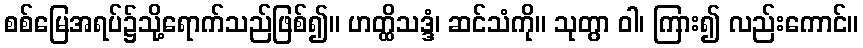
စစ်မြေအရပ်၌သို့ရောက်သည်ဖြစ်၍။ ဟတ္ထိသဒ္ဒံ၊ ဆင်သံကို။ သုတွာ ဝါ၊ ကြား၍ လည်းကောင်။